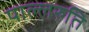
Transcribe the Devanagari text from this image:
पाल्लरुति